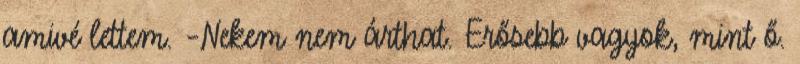
amivé lettem. –Nekem nem árthat. Erősebb vagyok, mint ő.